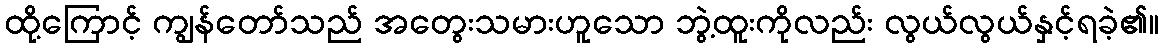
ထို့ကြောင့် ကျွန်တော်သည် အတွေးသမားဟူသော ဘွဲ့ထူးကိုလည်း လွယ်လွယ်နှင့်ရခဲ့၏။